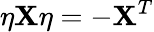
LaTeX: \eta\mathbf{X}\eta=-\mathbf{X}^{T}